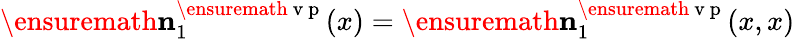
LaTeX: \ensuremath{\mathbf{n}}_{1}^{\ensuremath{\mathrm{~v~p~}}}(x)=\ensuremath{\mathbf{n}}_{1}^{\ensuremath{\mathrm{~v~p~}}}(x,x)